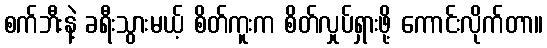
စက်ဘီးနဲ့ ခရီးသွားမယ့် စိတ်ကူးက စိတ်လှုပ်ရှားဖို့ ကောင်းလိုက်တာ။